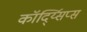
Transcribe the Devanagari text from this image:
कॉर्द्य्सिप्स